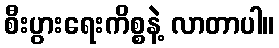
စီးပွားရေးကိစ္စနဲ့ လာတာပါ။